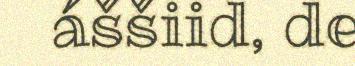
áššiid, de